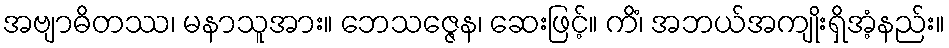
အဗျာဓိတဿ၊ မနာသူအား။ ဘေသဇ္ဇေန၊ ဆေးဖြင့်။ ကိံ၊ အဘယ်အကျိုးရှိအံ့နည်း။